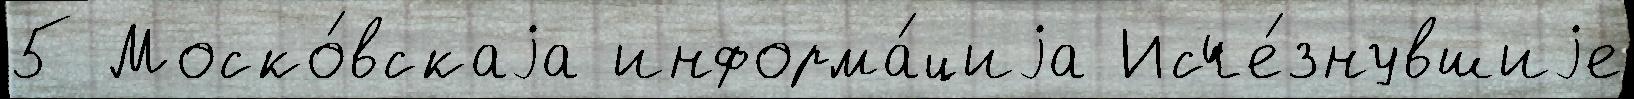
5 Моско́вскаjа информа́циjа Исче́знувшиjе